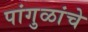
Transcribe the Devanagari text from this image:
पांगुळांचे